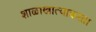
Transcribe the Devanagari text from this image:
शाळाखात्याकरता